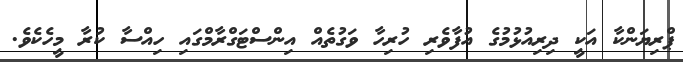
ޕްރިޔަންކާ އަކީ ދިރިއުޅުމުގެ އުފާވެރި ހުރިހާ ވަގުތެއް އިންސްޓަގްރާމްގައި ހިއްސާ ކުރާ މީހެކެވެ.